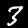
Digit: 3